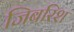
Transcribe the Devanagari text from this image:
जिबरिश